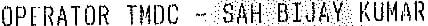
OPERATOR TMDC - SAH BIJAY KUMAR